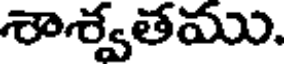
శాశ్వతము.